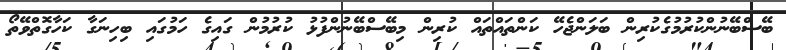
ބޭސްބޭނުންކުރުމުގެކުރިން ބަލަންޖެހޭ ކަންތައްތައް ކުރިން މިބޭސްބޭނުންފުޅު ކުރުމުން ގައިގެ ހަމުގައި ބިހިނަގާ ކަހާގޮތްވޭތޯ